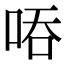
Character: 㖔